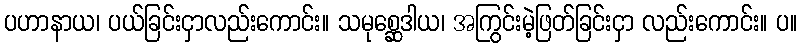
ပဟာနာယ၊ ပယ်ခြင်းငှာလည်းကောင်း။ သမုစ္ဆေဒါယ၊ အကြွင်းမဲ့ဖြတ်ခြင်းငှာ လည်းကောင်း။ ပ။